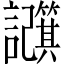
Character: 𫍕